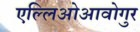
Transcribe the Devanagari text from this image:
एल्लिओआवोगुर